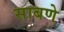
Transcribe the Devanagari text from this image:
साबणे